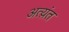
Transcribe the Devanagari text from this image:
अत्य़ंत